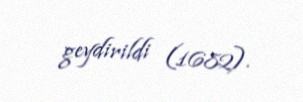
geydirildi (1682).